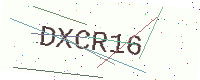
Text: DXCR16